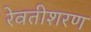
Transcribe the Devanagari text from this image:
रेवतीशरण